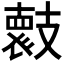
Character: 𭣞